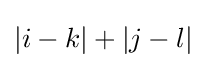
|i-k|+|j-l|